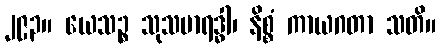
၂၉၃။ ယေသဉ္စ သုသမာရဒ္ဓါ၊ နိစ္စံ ကာယဂတာ သတိ။